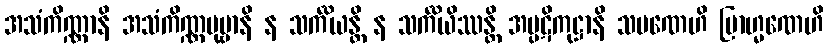
အသံကိဏ္ဏာနိ အသံကိဏ္ဏပုဗ္ဗာနိ န သင်္ကိယန္တိ န သင်္ကိယိဿန္တိ အပ္ပဋိကုဋ္ဌာနိ သမဏေဟိ ဗြာဟ္မဏေဟိ